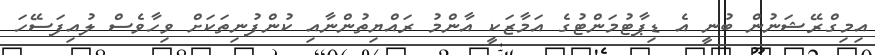
އިމިގްރޭޝަނުން ބުނީ އެ ޑިޕާޓުމަންޓުގެ އަމާޒަކީ އާންމު ރައްޔިތުންނާއި ކުންފުނިތަކަށް ވިހާވެސް ލުއިފަސޭހަ